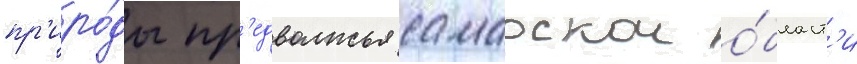
пр'иро́ды пр'едволжья самарскои о́бласт'и